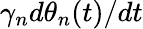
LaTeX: \gamma_{n}d\theta_{n}(t)/dt